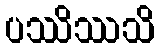
ပဿိဿသိ